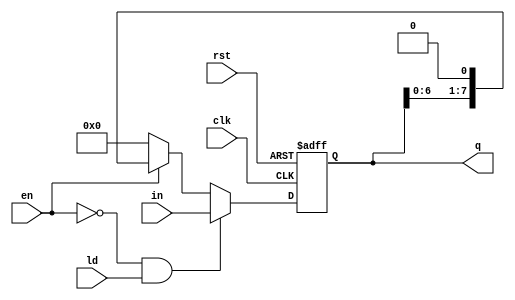
module piso(
  input [7:0] in,
  input ld, clk, rst,en,
  output [7:0]q
);

  reg [7:0] qq;

 
  always @(posedge clk or posedge rst) begin
    if (rst)
      qq <= 8'b0;
    else if (~en && ld)
      qq <= in;
    else if (en)
      qq <= {qq[6:0], 1'b0};// right shift
    else
      qq <= 8'b0;
    
  end

 assign q = qq;

endmodule